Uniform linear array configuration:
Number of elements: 48
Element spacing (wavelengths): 0.5
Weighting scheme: hamming
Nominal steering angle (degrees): -15
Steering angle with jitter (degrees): -15.184
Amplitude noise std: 0.05
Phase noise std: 0.05

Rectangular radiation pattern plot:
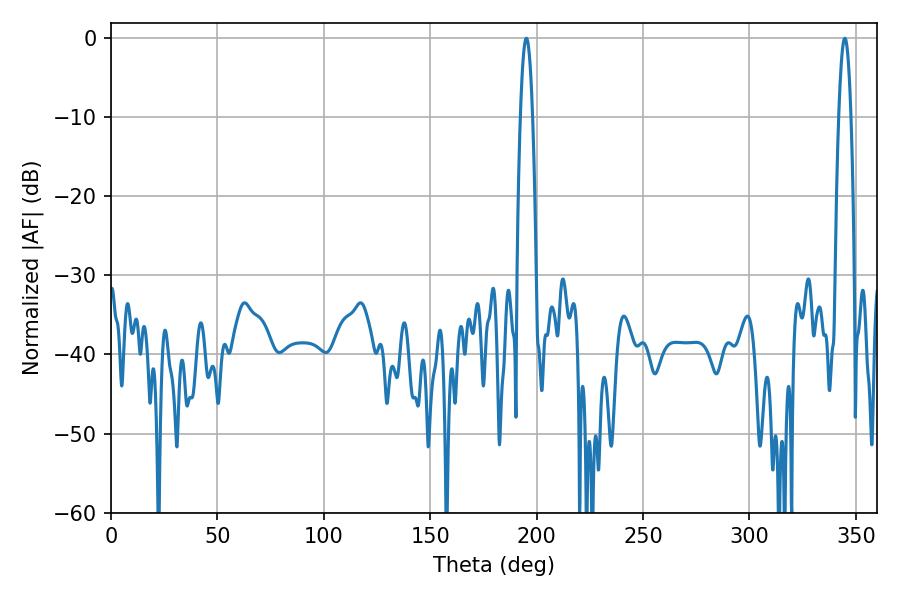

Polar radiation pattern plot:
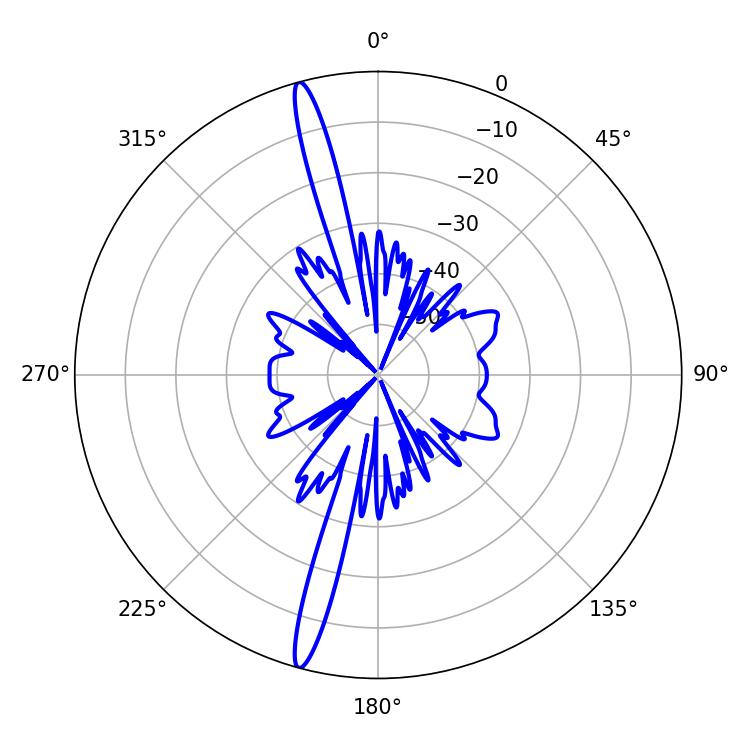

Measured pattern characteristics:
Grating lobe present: FALSE
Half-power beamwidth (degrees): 3.06
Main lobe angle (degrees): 195.12